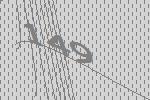
149